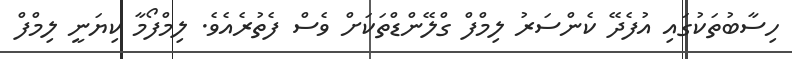
ހިސާބުތަކުގައި އުފެދޭ ކެންސަރު ލިމްފް ގްލޭންޑްތަކަށް ވެސް ފެތުރެއެވެ. ލިމްފޯމާ ކިޔަނީ ލިމްފް